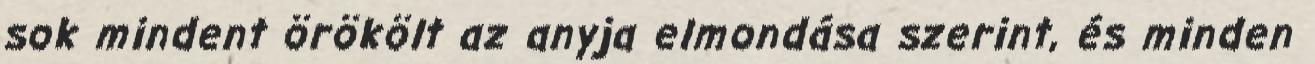
sok mindent örökölt az anyja elmondása szerint, és minden